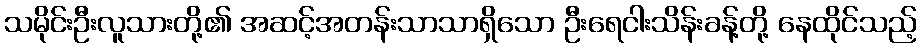
သမိုင်းဦးလူသားတို့၏ အဆင့်အတန်းသာသာရှိသော ဦးရေငါးသိန်းခန့်တို့ နေထိုင်သည့်